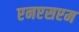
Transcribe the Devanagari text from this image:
एनएसएम